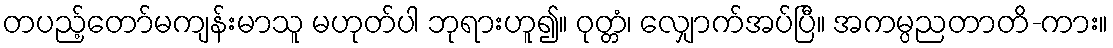
တပည့်တော်မကျန်းမာသူ မဟုတ်ပါ ဘုရားဟူ၍။ ဝုတ္တံ၊ လျှောက်အပ်ပြီ။ အကမ္ပညတာတိ-ကား။